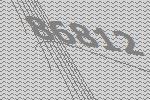
86812